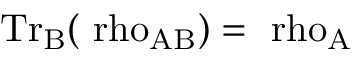
\mathrm { { T r } _ { B } ( \ r h o _ { A B } ) = \ r h o _ { A } }